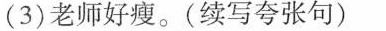
(3)老师好瘦。(续写夸张句)